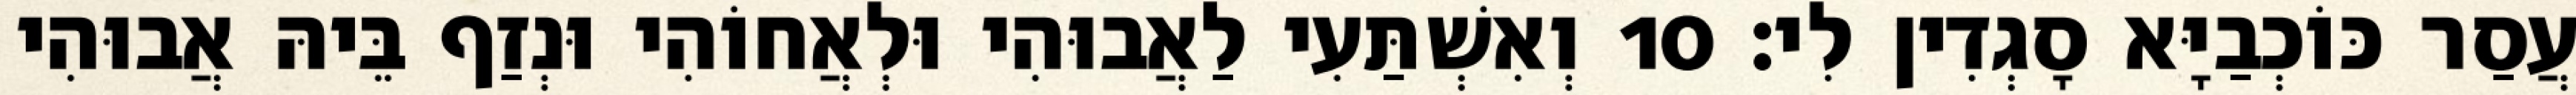
עֲסַר כּוֹכְבַיָּא סָגְדִין לִי׃ 10 וְאִשְׁתַּעִי לַאֲבוּהִי וּלְאֲחוֹהִי וּנְזַף בֵּיהּ אֲבוּהִי